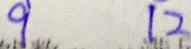
9 1 2